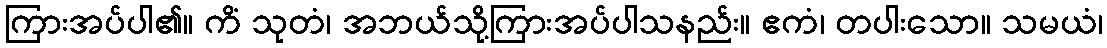
ကြားအပ်ပါ၏။ ကိံ သုတံ၊ အဘယ်သို့ကြားအပ်ပါသနည်း။ ဧကံ၊ တပါးသော။ သမယံ၊